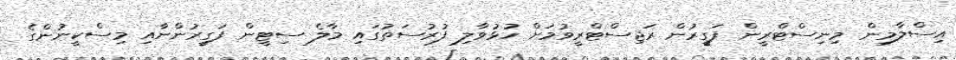
އިސްލާމިން މިނިސްޓްރީން ފަގީރުން ރަޖިސްޓްރީވުމަށް ހުޅުވާލި ފުރުސަތުގައި މާލެ ސިޓީން ފަގީރުންނާއި މިސްކީނުންގެ